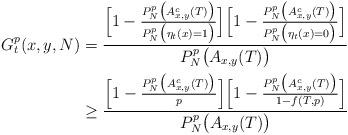
LaTeX: \begin{align*}G_t^p(x,y,N)&=\frac{\Big[1-\frac{P_N^p\big(A^c_{x,y}(T)\big)}{P_N^p\big(\eta_t(x)=1\big)}\Big]\Big[1-\frac{P_N^p\big(A^c_{x,y}(T)\big)}{P_N^p\big(\eta_t(x)=0\big)}\Big]}{P_N^p\big(A_{x,y}(T)\big)}\\&\geq\frac{\Big[1-\frac{P_N^p\big(A^c_{x,y}(T)\big)}{p}\Big]\Big[1-\frac{P_N^p\big(A^c_{x,y}(T)\big)}{1-f(T,p)}\Big]}{P_N^p\big(A_{x,y}(T)\big)}\end{align*}